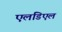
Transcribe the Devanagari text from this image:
एलडिएल